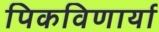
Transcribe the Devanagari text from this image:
पिकविणार्या